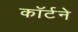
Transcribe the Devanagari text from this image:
कॉर्टने